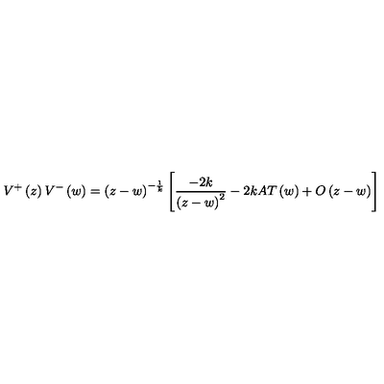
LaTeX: V ^ { + } \left( z \right) V ^ { - } \left( w \right) = \left( z - w \right) ^ { - \frac 1 k } \left[ \frac { - 2 k } { \left( z - w \right) ^ { 2 } } - 2 k A T \left( w \right) + O \left( z - w \right) \right]